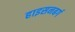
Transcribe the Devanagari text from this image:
हाइसनबर्ग